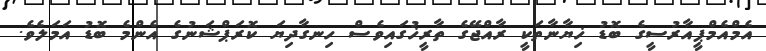
އެމްއެމްޕީއާރުސީގެ ބޮޑު ޚިޔާނާތަކީ ރާއްޖޭގެ ތާރީޚުގައިވެސް ހިނގާދިޔަ ކޮރަޕްޝަނުގެ އެންމެ ބޮޑު އަމަލެވެ.